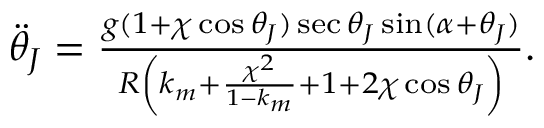
\begin{array} { r } { \ddot { \theta } _ { J } = \frac { g ( 1 + \chi \cos \theta _ { J } ) \sec \theta _ { J } \sin ( \alpha + \theta _ { J } ) } { R \left( k _ { m } + \frac { \chi ^ { 2 } } { 1 - k _ { m } } + 1 + 2 \chi \cos \theta _ { J } \right) } . } \end{array}